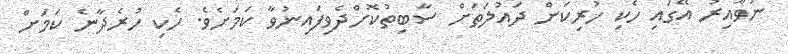
ނުވާއިރު އޭގައި ހެކި ހުރިކަން ދައުލަތަށް ސާބިތުކޮށްދެވިފައިނުވާ ކަމަށެވެ. ހެކި ހުރެދާނެ ކަމަށް